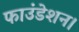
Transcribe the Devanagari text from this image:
फाउंडेशन।